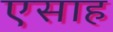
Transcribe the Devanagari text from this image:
एसाह